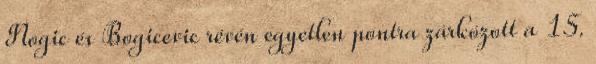
Nogic és Bogicevic révén egyetlen pontra zárkózott a 15.